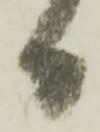
日